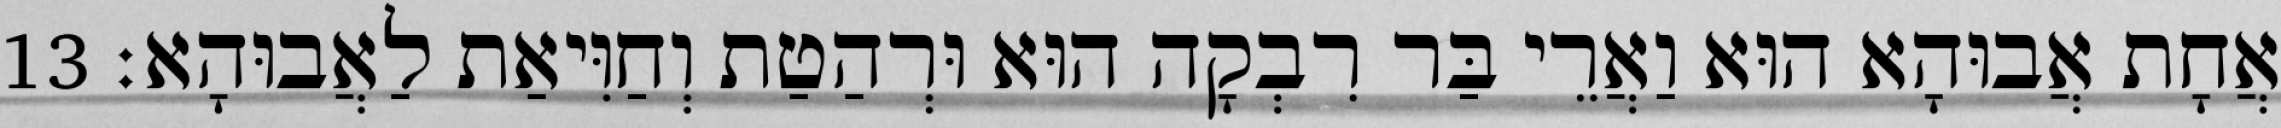
אֲחָת אֲבוּהָא הוּא וַאֲרֵי בַּר רִבְקָה הוּא וּרְהַטַת וְחַוִּיאַת לַאֲבוּהָא׃ 13